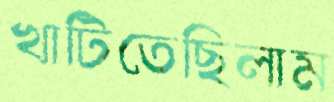
খাটিতেছিলাম